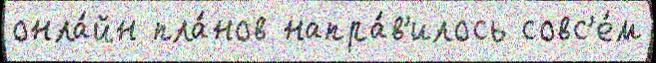
онла́йн пла́нов напра́в'илось совс'е́м